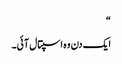
“
ایک دن وہ اسپتال آئی۔